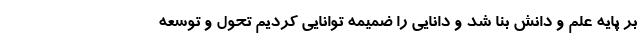
بر پایه علم و دانش بنا شد و دانایی را ضمیمه توانایی کردیم تحول و توسعه